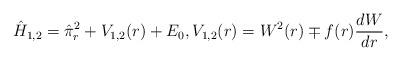
LaTeX: \begin{align*} \hat{H}_{1,2} = \hat{\pi}_r^2 + V_{1,2}(r) + E_0, V_{1,2}(r) = W^2(r) \mp f(r) \frac{dW}{dr}, \end{align*}